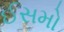
ઈસમો